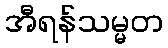
အီရန်သမ္မတ